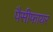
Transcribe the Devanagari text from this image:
पैसीफायर